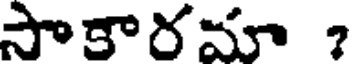
సాకారమా ?